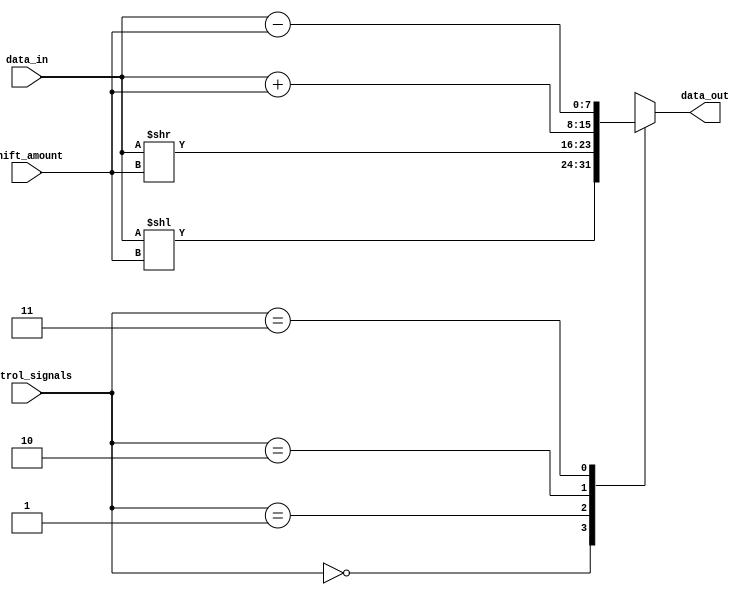
module Hybrid_Barrel_Shifter(
    input [7:0] data_in,
    input [2:0] shift_amount,
    input [1:0] control_signals,
    output reg [7:0] data_out
);

always @(*) begin
    case(control_signals)
        2'b00: data_out = data_in << shift_amount;
        2'b01: data_out = data_in >> shift_amount;
        2'b10: data_out = data_in + shift_amount;
        2'b11: data_out = data_in - shift_amount;
    endcase
end

endmodule